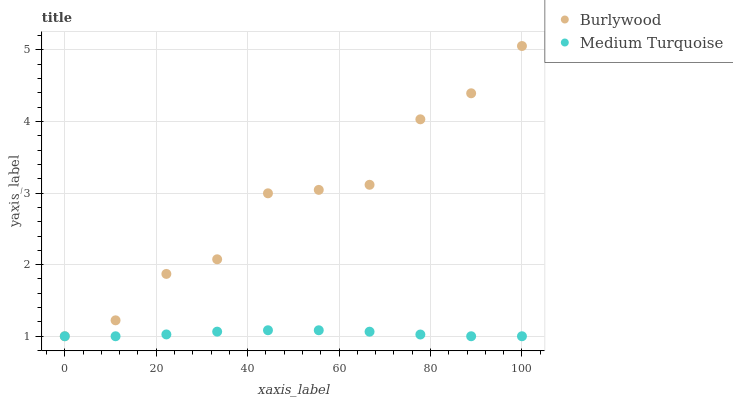
| xaxis_label | Burlywood | Medium Turquoise |
 | --- | --- | --- |
 | 0 | 1 | 1 |
 | 11.1 | 1.22 | 1 |
 | 22.2 | 1.87 | 1.03 |
 | 33.3 | 2.08 | 1.06 |
 | 44.4 | 3 | 1.08 |
 | 55.6 | 3.04 | 1.08 |
 | 66.7 | 3.12 | 1.06 |
 | 77.8 | 4.03 | 1.02 |
 | 88.9 | 4.39 | 1 |
 | 100 | 5.05 | 1 |